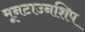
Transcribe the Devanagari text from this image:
मूनटाउनशिप